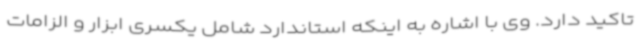
تاکید دارد. وی با اشاره به اینکه استاندارد شامل یکسری ابزار و الزامات